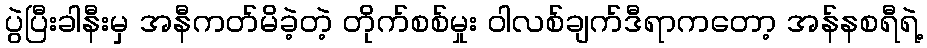
ပွဲပြီးခါနီးမှ အနီကတ်မိခဲ့တဲ့ တိုက်စစ်မှုး ဝါလစ်ချက်ဒီရာကတော့ အန်နစရီရဲ့